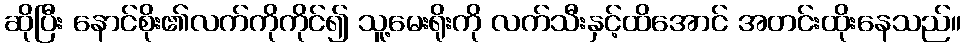
ဆိုပြီး နောင်စိုး၏လက်ကိုကိုင်၍ သူ့မေးရိုးကို လက်သီးနှင့်ထိအောင် အတင်းထိုးနေသည်။